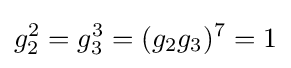
g_{2}^{2}=g_{3}^{3}=(g_{2}g_{3})^{7}=1